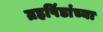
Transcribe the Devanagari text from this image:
ग्रहपिंडांच्या